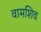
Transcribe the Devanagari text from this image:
वामशिव